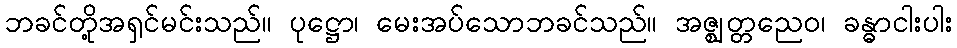
ဘခင်တို့အရှင်မင်းသည်။ ပုဋ္ဌော၊ မေးအပ်သောဘခင်သည်။ အဇ္ဈတ္တညေဝ၊ ခန္ဓာငါးပါး